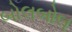
બોલબોલ